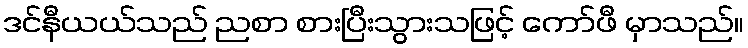
ဒင်နီယယ်သည် ညစာ စားပြီးသွားသဖြင့် ကော်ဖီ မှာသည်။